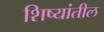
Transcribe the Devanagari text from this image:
शिष्यांतील